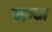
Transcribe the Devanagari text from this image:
सम्ज